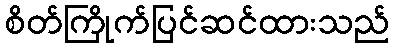
စိတ်ကြိုက်ပြင်ဆင်ထားသည်